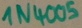
Text: 1N4005